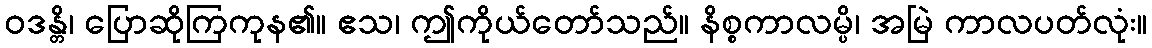
ဝဒန္တိ၊ ပြောဆိုကြကုန၏။ ဧသ၊ ဤကိုယ်တော်သည်။ နိစ္စကာလမ္ပိ၊ အမြဲ ကာလပတ်လုံး။